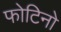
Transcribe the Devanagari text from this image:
फोटिनो